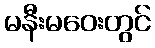
မနီးမဝေးတွင်